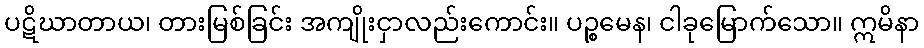
ပဋိဃာတာယ၊ တားမြစ်ခြင်း အကျိုးငှာလည်းကောင်း။ ပဉ္စမေန၊ ငါခုမြောက်သော။ ဣမိနာ